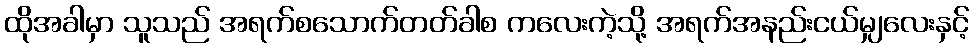
ထိုအခါမှာ သူသည် အရက်စသောက်တတ်ခါစ ကလေးကဲ့သို့ အရက်အနည်းငယ်မျှလေးနှင့်